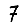
Digit: 7